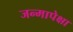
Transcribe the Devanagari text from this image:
जन्मापेक्षा